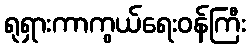
ရုရှားကာကွယ်ရေးဝန်ကြီး